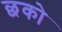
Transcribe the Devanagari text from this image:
छको